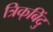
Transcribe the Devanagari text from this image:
त्रिक्‌बिंदु